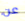
عن